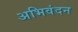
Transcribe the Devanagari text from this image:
अभिवंदन